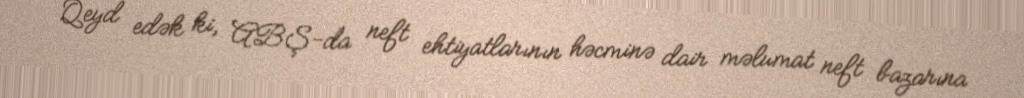
Qeyd edək ki, ABŞ-da neft ehtiyatlarının həcminə dair məlumat neft bazarına